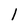
Character: 1